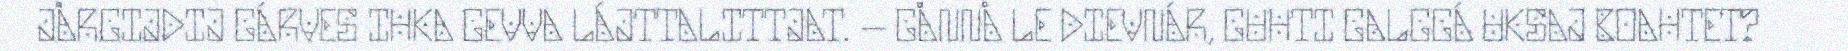
JÅRGIJDIJ GÁRVES IHKA GEVVA LÁJTTALITTJAT. – GÅNNÅ LE DIEVNÁR, GUHTI GALGGÁ UKSAJ BOAHTET?